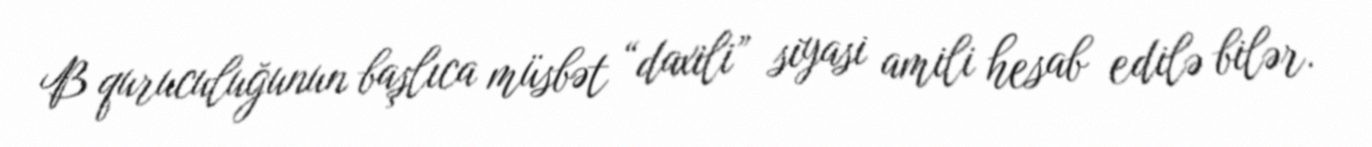
B quruculuğunun başlıca müsbət “daxili” siyasi amili hesab edilə bilər.